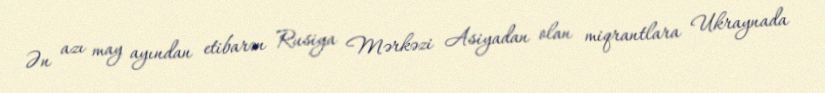
Ən azı may ayından etibarən Rusiya Mərkəzi Asiyadan olan miqrantlara Ukraynada